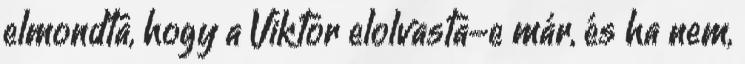
elmondta, hogy a Viktor elolvasta-e már, és ha nem,